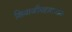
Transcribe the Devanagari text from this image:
शिवाजीमहाराजांना